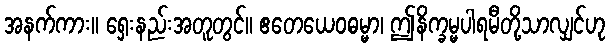
အနက်ကား။ ရှေးနည်းအတူတွင်။ ဧတေယေဝဓမ္မာ၊ ဤနိက္ခမ္မပါရမီတို့သာလျှင်ဟု